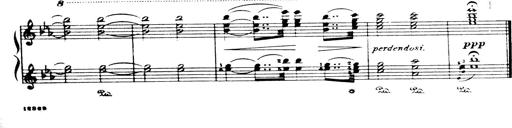
Title: Wagner-Liszt Album
Composer: Franz Liszt